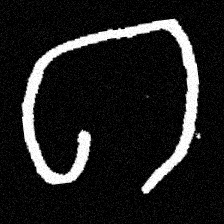
Pyu character \u2014 Myanmar letter: ဂ (romanized: ga)